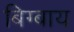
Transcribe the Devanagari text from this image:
बिग्बाय